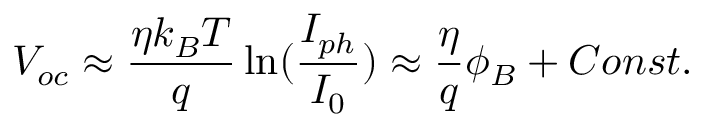
V _ { o c } \approx \frac { \eta k _ { B } T } { q } \ln ( \frac { I _ { p h } } { I _ { 0 } } ) \approx \frac { \eta } { q } \phi _ { B } + C o n s t .